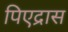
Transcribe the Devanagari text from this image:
पिएद्रास